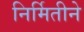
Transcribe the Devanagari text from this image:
निर्मितीने